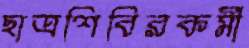
ছাত্রশিবিরকর্মী